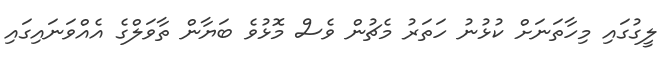
ލީގުގައި މިހާތަނަށް ކުޅުނު ހަތަރު މެޗުން ވެސް މޮޅުވެ ބަޔާން ތާވަލްގެ އެއްވަނައިގައި